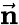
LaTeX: \vec{\mathbf n}